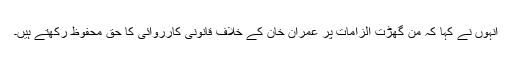
انہوں نے کہا کہ من گھڑت الزامات پر عمران خان کے خلاف قانونی کارروائی کا حق محفوظ رکھتے ہیں۔